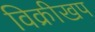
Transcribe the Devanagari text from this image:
विक्रीखप